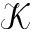
\mathcal { K }